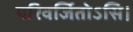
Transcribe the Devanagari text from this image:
परिवर्जितोऽसि।